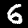
Digit: 6